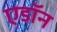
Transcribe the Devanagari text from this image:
एडॉन